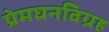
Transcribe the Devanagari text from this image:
प्रेमघनविग्रह